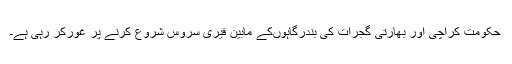
حکومت کراچی اور بھارتی گجرات کی بندرگاہوںکے مابین فیری سروس شروع کرنے پر غورکر رہی ہے۔